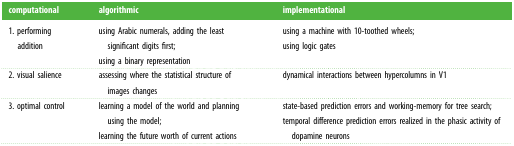
<table><thead><tr><td><b>computational</b></td><td><b>algorithmic</b></td><td><b>implementational</b></td></tr></thead><tbody><tr><td>1. performing addition</td><td>using Arabic numerals, adding the least significant digits first;using a binary representation</td><td>using a machine with 10-toothed wheels;using logic gates</td></tr><tr><td>2. visual salience</td><td>assessing where the statistical structure of images changes</td><td>dynamical interactions between hypercolumns in V1</td></tr><tr><td>3. optimal control</td><td>learning a model of the world and planning using the model;learning the future worth of current actions</td><td>state-based prediction errors and working-memory for tree search;temporal difference prediction errors realized in the phasic activity of dopamine neurons</td></tr></tbody></table>